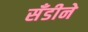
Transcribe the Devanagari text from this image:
सँडीने